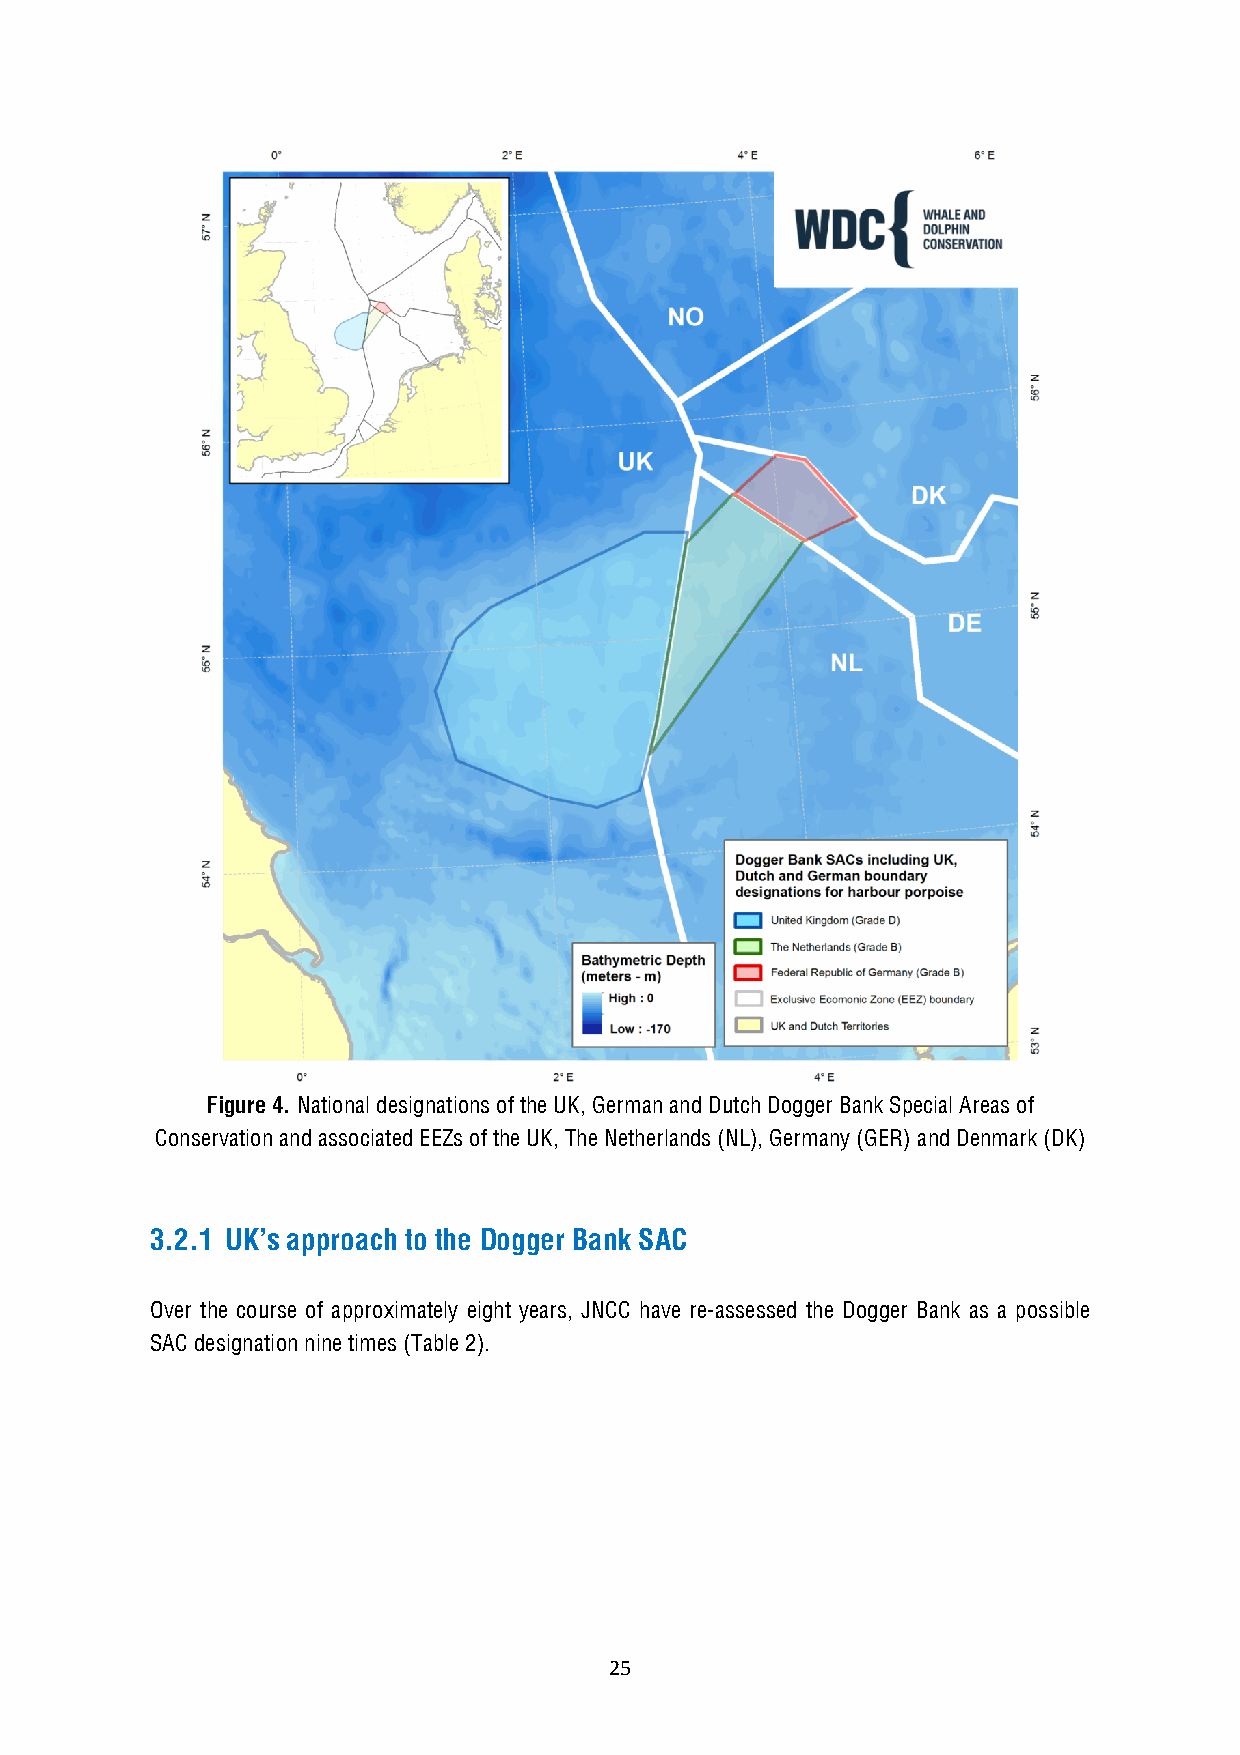
Figure 4. National designations of the UK, German and Dutch Dogger Bank Special Areas of
 Conservation and associated EEZs of the UK, The Netherlands (NL), Germany (GER) and Denmark (DK)
 3.2.1 UK’s approach to the Dogger Bank SAC
 Over the course of approximately eight years, JNCC have re-assessed the Dogger Bank as a possible
 SAC designation nine times (Table 2).
 25